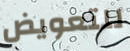
للتعويض